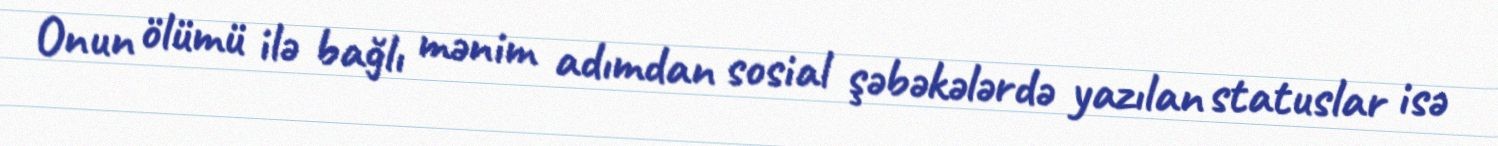
Onun ölümü ilə bağlı mənim adımdan sosial şəbəkələrdə yazılan statuslar isə